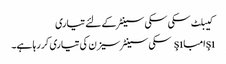
کیبلٹ سکی سکی سینٹر کے لئے تیاری
şıامباşı سکی سینٹر سیزن کی تیاری کر رہا ہے۔